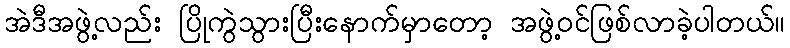
အဲဒီအဖွဲ့လည်း ပြိုကွဲသွားပြီးနောက်မှာတော့ အဖွဲ့ဝင်ဖြစ်လာခဲ့ပါတယ်။